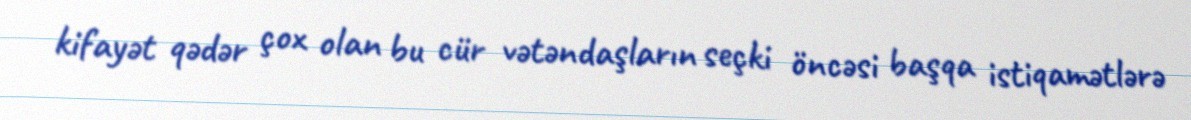
kifayət qədər çox olan bu cür vətəndaşların seçki öncəsi başqa istiqamətlərə